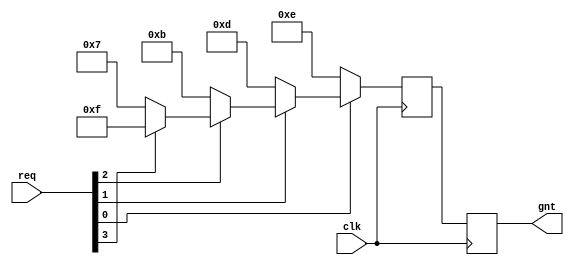
module arbiter(gnt,req,clk
);
reg [3:0] wgnt;
input clk;

input[3:0] req;

output reg[3:0] gnt;

always @(posedge clk) begin
    if(req[0]==0)
    begin
        wgnt<=4'b1110;
    end
    else if (req[1]==0)
    begin
        wgnt<=4'b1101;
    end
    else if (req[2]==0)
    begin
        wgnt<=4'b1011;
    end
    else if (req[3]==0)
    begin
        wgnt<=4'b0111;
    end
    else begin
        wgnt<=4'b1111;
    end
end
always @(negedge clk) begin
    gnt <=wgnt;
end
endmodule